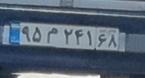
۹۵م۲۴۱۶۸